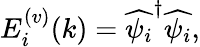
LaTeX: E_{i}^{(v)}(k)=\widehat{\psi_{i}}^{\dagger}\widehat{\psi_{i}},